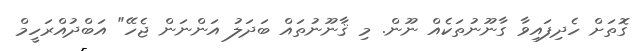
ގޮތަށް ހެދިފައިވާ ގާނޫނުތަކެއް ނޫން. މި ޤާނޫނުތައް ބަދަލު އަންނަން ޖެހޭ" އަބްދުއްރަހީމް